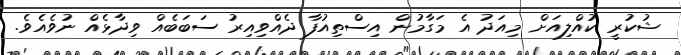
ޝުކުރީ ކުއްލިއަށް މިއަދު އެ މަގާމުން އިސްތިއުފާ ދެއްވިއިރު ސަބަބެއް ވިދާޅެއް ނުވެއެވެ.